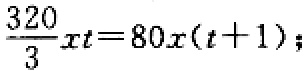
\(\frac{320}{3}xt = 80x(t + 1)\);